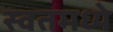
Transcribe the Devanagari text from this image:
स्वतमध्ये